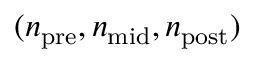
( n _ { \mathrm { p r e } } , n _ { \mathrm { m i d } } , n _ { \mathrm { p o s t } } )